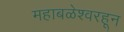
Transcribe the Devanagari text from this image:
महाबळेश्वरहून